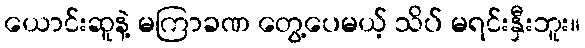
ယောင်းဆူနဲ့ မကြာခဏ တွေ့ပေမယ့် သိပ် မရင်းနှီးဘူး။